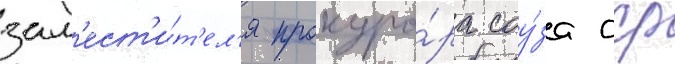
зам'ест'и́т'ел'я прокуро́ра соу́за сср